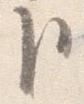
臣